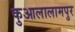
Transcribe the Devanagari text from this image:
कुआलालामपुर